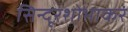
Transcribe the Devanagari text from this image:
सिन्दूरशोभाकरं